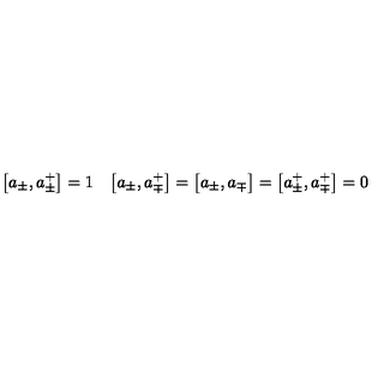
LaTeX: \bigl [ a _ { \pm } , a _ { \pm } ^ { + } \bigr ] = 1 \quad \bigl [ a _ { \pm } , a _ { \mp } ^ { + } \bigr ] = \bigl [ a _ { \pm } , a _ { \mp } \bigr ] = \bigl [ a _ { \pm } ^ { + } , a _ { \mp } ^ { + } \bigr ] = 0